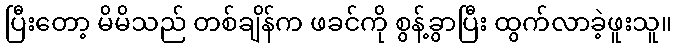
ပြီးတော့ မိမိသည် တစ်ချိန်က ဖခင်ကို စွန့်ခွာပြီး ထွက်လာခဲ့ဖူးသူ။